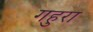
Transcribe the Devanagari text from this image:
गहुरा